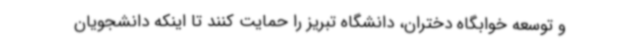
و توسعه خوابگاه دختران، دانشگاه تبریز را حمایت کنند تا اینکه دانشجویان